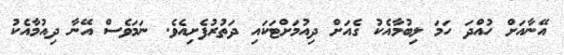
އޭނާއަށް ހުއްދަ ހަމަ ލިބުމާއެކު ގެއަށް ދިއުމަށްޓަކައި ދަތުރުފެށިއެވެ. ނަމަވެސް އޭނާ ދިއުމާއެކު